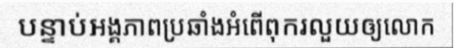
បន្ទាប់អង្គភាពប្រឆាំងអំពើពុករលួយឲ្យលោក